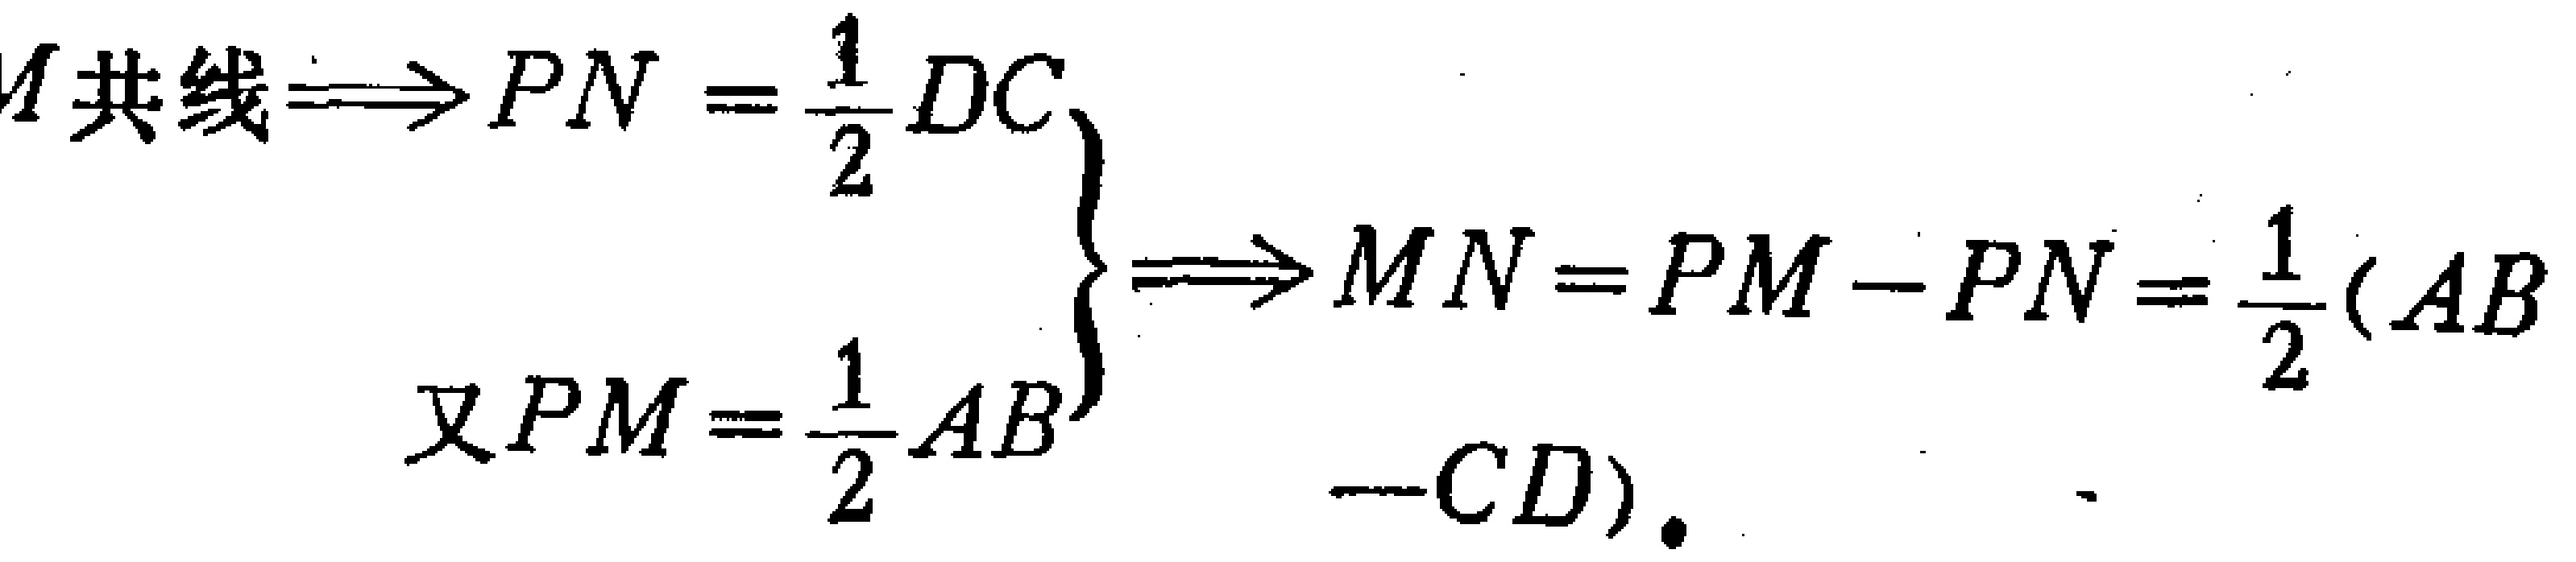
\[

\left.\begin{array}{l}

M\text{ 共线}\Longrightarrow PN = \frac{1}{2}DC \\

\text{又}PM = \frac{1}{2}AB

\end{array}\right\}

\Longrightarrow MN = PM - PN=\frac{1}{2}(AB - CD).

\]